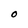
Character: O